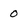
Character: o